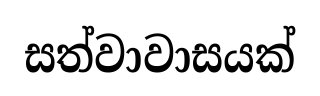
සත්වාවාසයක්